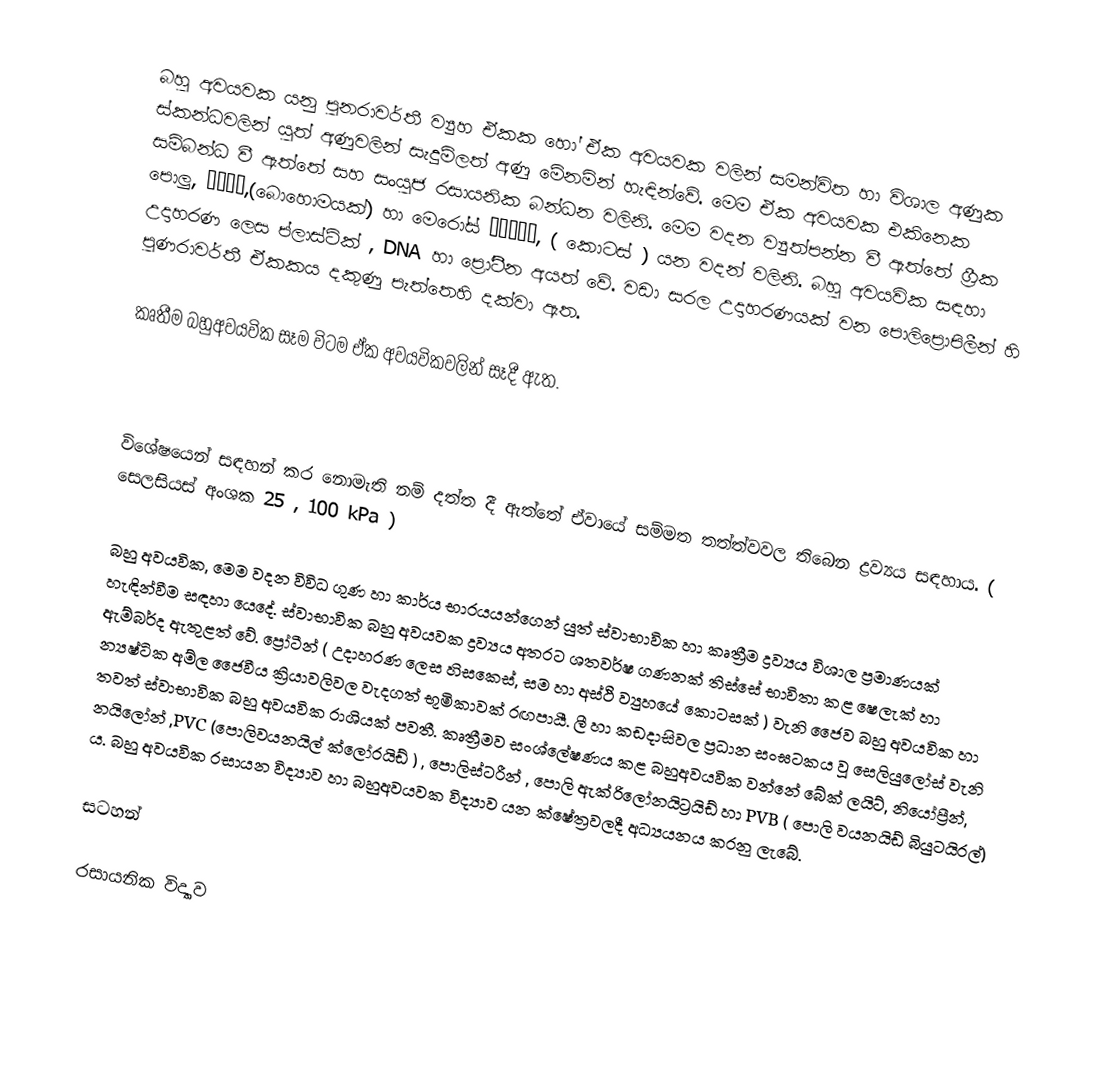
බහු අවයවක යනු පුනරාවර්තී ව්‍යුහ ඒකක හෝ ඒක අවයවක වලින් සමන්විත හා විශාල අණුක ස්කන්ධවලින් යුත් අණුවලින් සැදුම්ලත් අණු මේනමින් හැඳින්වේ. මෙම ඒක අවයවක එකිනෙක සම්බන්ධ වී ඇත්තේ සහ සංයුජ රසායනික බන්ධන වලිනි. මෙම වදන ව්‍යුත්පන්න වී ඇත්තේ ග්‍රීක පොලු, πολυ,(බොහොමයක්) හා මෙරෝස් μέρος, ( කොටස් ) යන වදන් වලිනි. බහු අවයවික සඳහා උදාහරණ ලෙස ප්ලාස්ටික් , DNA හා ප්‍රෝටීන අයත් වේ. වඩා සරල උදාහරණයක් වන පොලිප්‍රොපිලීන් හි පුණරාවර්තී ඒකකය දකුණු පැත්තෙහි දක්වා ඇත.

කෘතීම බහුඅවයවික සෑම විටම ඒක අවයවිකවලින් සෑදී ඇත.

විශේෂයෙන් සඳහන් කර නොමැති නම් දත්ත දී ඇත්තේ ඒවායේ සම්මත තත්ත්වවල තිබෙන ද්‍රව්‍යය සඳහාය. ( සෙලසියස් අංශක 25 , 100 kPa )

බහු අවයවික, මෙම වදන විවිධ ගුණ හා කාර්ය භාරයයන්ගෙන් යුත් ස්වාභාවික හා කෘත්‍රීම ද්‍රව්‍යය විශාල ප්‍රමාණයක් හැඳින්වීම සඳහා යෙදේ. ස්වාභාවික බහු අවයවක ද්‍රව්‍යය අතරට ශතවර්ෂ ගණනක් තිස්සේ භාවිතා කළ ෂෙලැක් හා ඇම්බර්ද ඇතුළත් වේ. ප්‍රෝටීන් ( උදාහරණ ලෙස හිසකෙස්, සම හා අස්ථි ව්‍යුහයේ කොටසක් ) වැනි ජෛව බහු අවයවික හා න්‍යෂ්ටික අම්ල ජෛවීය ක්‍රියාවලිවල වැදගත් භූමිකාවක් රඟපායී. ලී හා කඩදාසිවල ප්‍රධාන සංඝටකය වූ සෙලියුලෝස් වැනි තවත් ස්වාභාවික බහු අවයවික රාශියක් පවතී. කෘත්‍රීමව සංශ්ලේෂණය කළ බහුඅවයවික වන්නේ බේක් ලයිට්, නියෝප්‍රීන්, නයිලෝන් ,PVC (පොලිවයනයිල් ක්ලෝරයිඩ් ) , පොලිස්ටරීන් , පොලි ඇක්රිලෝනයිට්‍රයිඩ් හා PVB ( පොලි වයනයිඩ් බියුටයිරල්) ය. බහු අවයවික රසායන විද්‍යාව හා බහුඅවයවක විද්‍යාව යන ක්ෂේත්‍රවලදී අධ්‍යයනය කරනු ලැබේ.

සටහන්

රසායනික විද්‍යාව